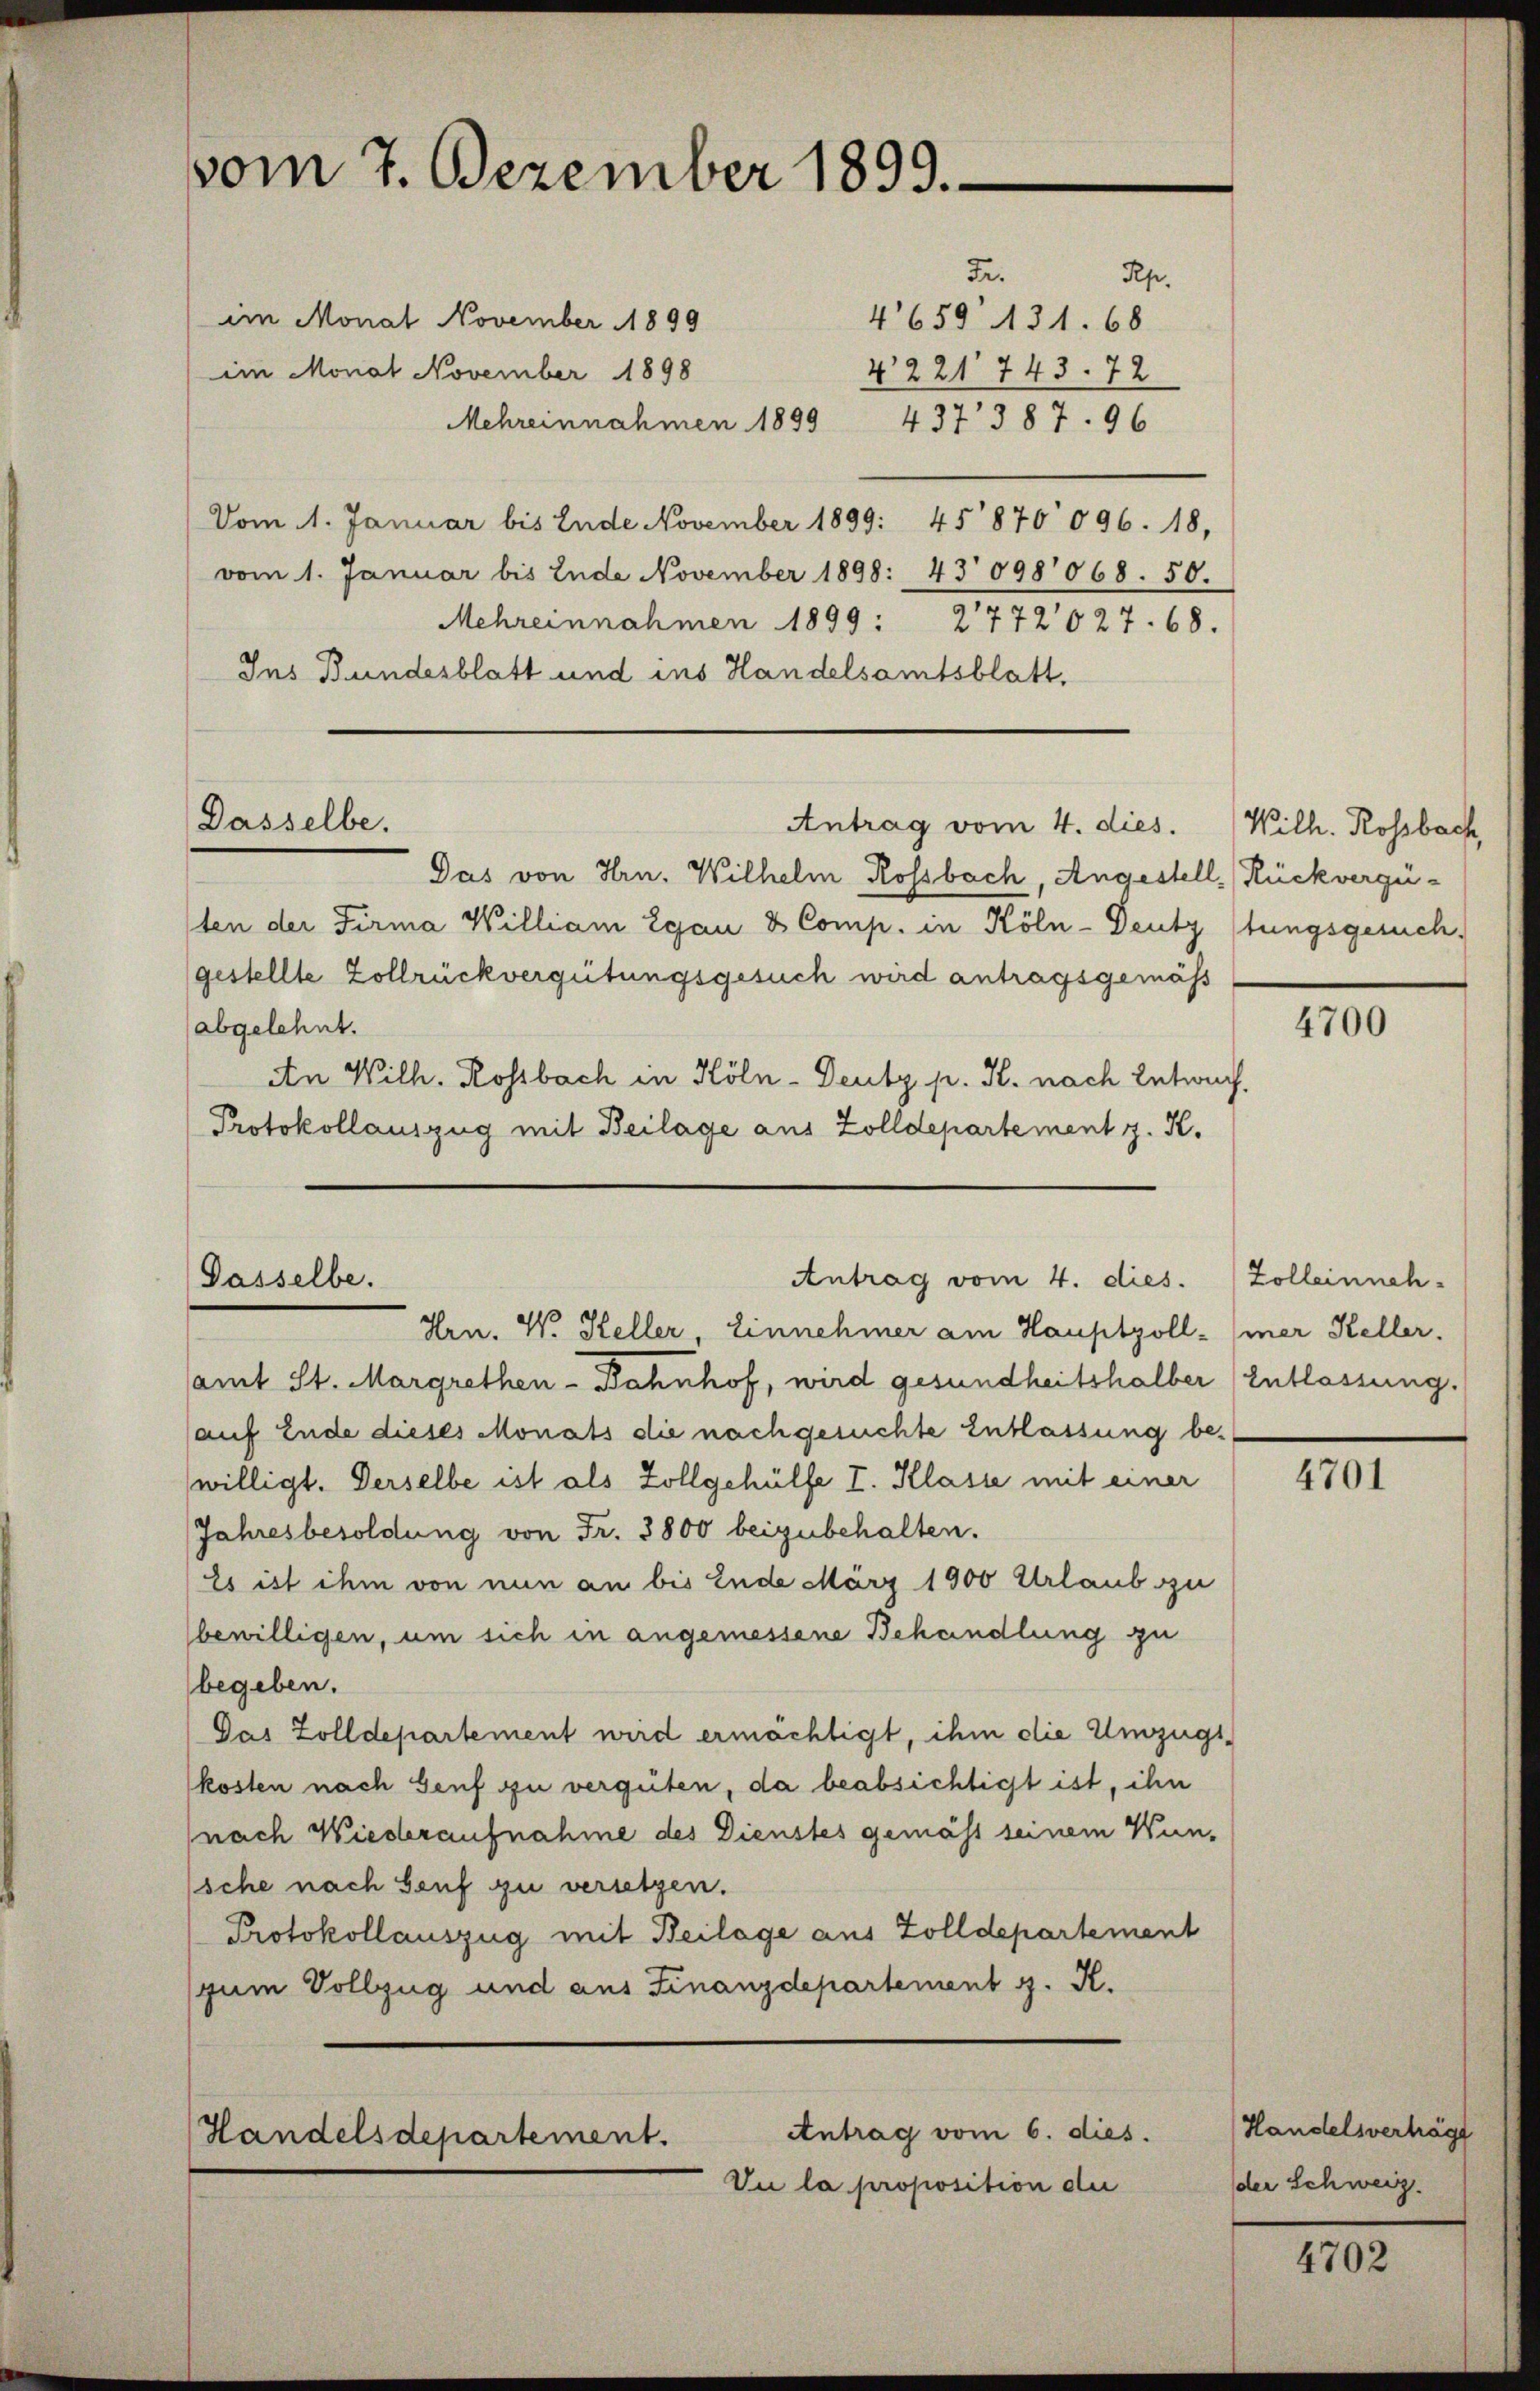
vom 7. Dezember 1899.

Fei
Rep.
im Monat November 1899
4650. 431. 68
4221 743. 72
im Monat November 1898
Mehreinnahmen 1899 437 387. 96
Vom 1. Januar bis Ende November 1899: 45870096. 18,
vom 1. Januar bis Ende November 1898: 43098068. 50.
Mehreinnahmen 1899: 2772027. 68.
Ins Bundesblatt und ins Handelsamtsblatt.

Dasselbe.

Passelbe.

Antrag vom 6. dies
Handelsdepartement.

Antrag vom 4. dies. Wilh. Rossbach,

Antrag vom 4. dies.

Vu la proposition der

Das von Hrn. Wilhelm Rossbach, Angestell Rückvergüten der Firma William Egan & Comp. in Köln-Deutz stungsgesuch
(gestellte Zollrückvergütungsgesuch wird antragsgemäss
(abgelehnt.
An Wilh. Rossbach in Köln - Deutz p. K. nach Entwurf.
Protokollauszug mit Beilage aus Zolldepartement z. K.

samt St. Margrethen - Bahnhof, wird gesundheitshalber (Entlassung.
(auf Ende dieses Monats die nachgesuchte Entlassung bewilligt. Derselbe ist als Zollgehülfe I. Klasse mit einer
Jahresbesoldung von Fr. 3800 beizubehalten.
Es ist ihm von nun an bis Ende März 1900 Urlaub zu
bewilligen, um sich in angemessene Behandlung zu
begeben.
Das Zolldepartement wird ermächtigt, ihm die Umzugs,
kosten nach Genf zu vergüten, da beabsichtigt ist, ihn
(nach Wiederaufnahme des Dienstes gemäss seinem Wun¬
’sche nach Genf zu versetzen.
Protokollauszug mit Beilage aus Zolldepartement
(zum Vollzug und aus Finanzdepartement z. K.

Hrn. W. Heller, Einnehmer am Hauptzoll-mer Keller.

4700

Zolleinsch

4701

Handelsverträgt
der Schweiz.

102